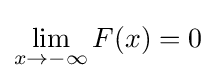
\lim _{x\rightarrow -\infty }F(x)=0